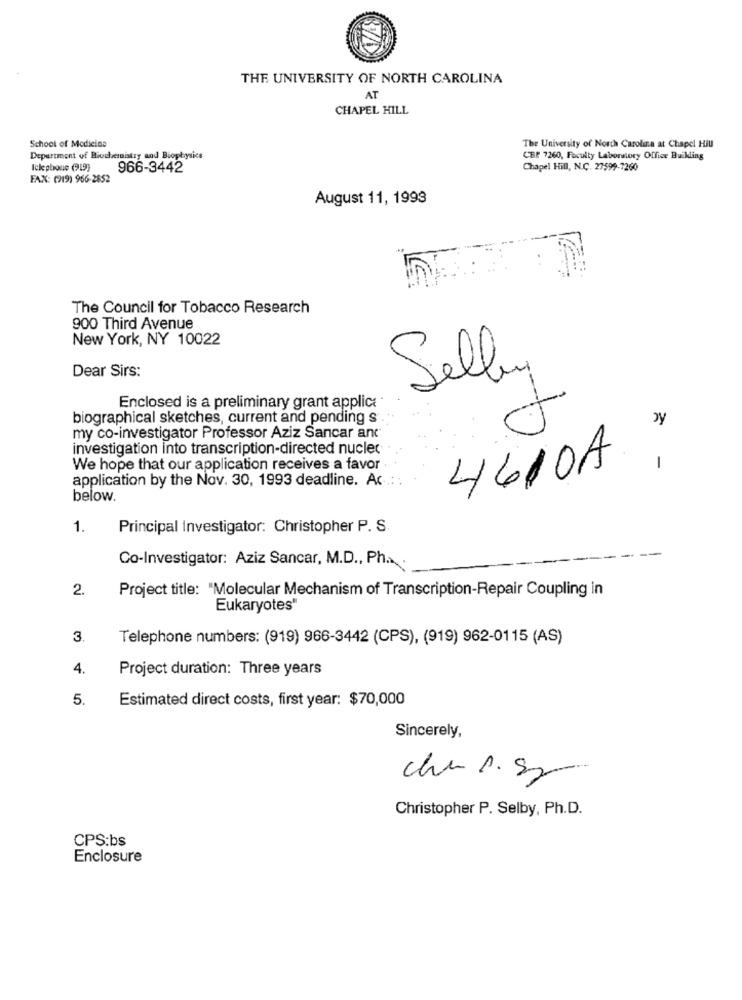
THE UNIVERSITY OF NORTH CAROLINA
AT
CHAPEL HILL
School of Medicine
The University of North Carolina at Chapel Hill
Department of Biochemistry and Biophysics
CEP 7260, Faculty Laboratory Offier Buikling
Iclephone (919)
966-3442
Chapel Hill, N.C. 27599-7260
FAX: (919) 966-2852
August 11, 1993
The Council for Tobacco Research
900 Third Avenue
New York, NY 10022
Dear Sirs:
Selby
Enclosed is a preliminary grant applica
biographical sketches, current and pending s
my co-investigator Professor Aziz Sancar and
investigation into transcription-directed nucler
We hope that our application receives a favor
4610AY
application by the Nov. 30, 1993 deadline. Ac
below.
1.
Principal Investigator: Christopher P. S.
Co-Investigator: Aziz Sancar, M.D ., Ph ...
2.
Project title: "Molecular Mechanism of Transcription-Repair Coupling in
Eukaryotes"
3
Telephone numbers: (919) 966-3442 (CPS), (919) 962-0115 (AS)
4.
Project duration: Three years
5.
Estimated direct costs, first year: $70,000
Sincerely,
Christopher P. Selby, Ph.D.
CPS:bs
Enclosure